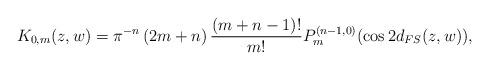
LaTeX: \begin{align*}K_{0,m}(z,w)=\pi ^{-n}\left( 2m+n\right) \frac{(m+n-1)!}{m!}P_{m}^{(n-1,0)}(\cos 2d_{FS}(z,w)), \end{align*}